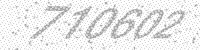
Solution: 710602